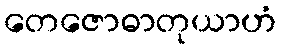
တေဇောဓာတုယာဟံ